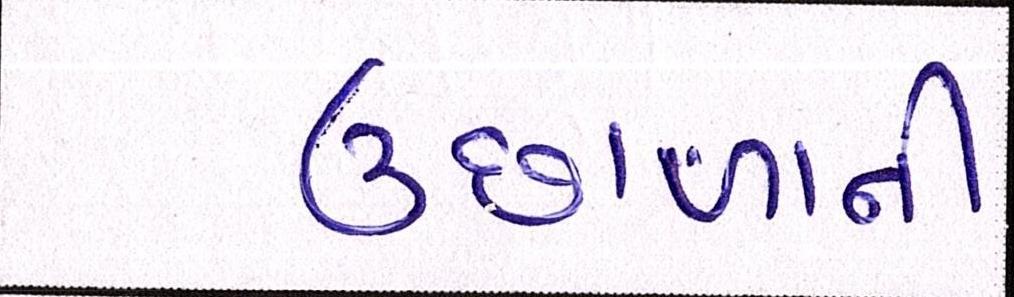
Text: ઉછાળાની